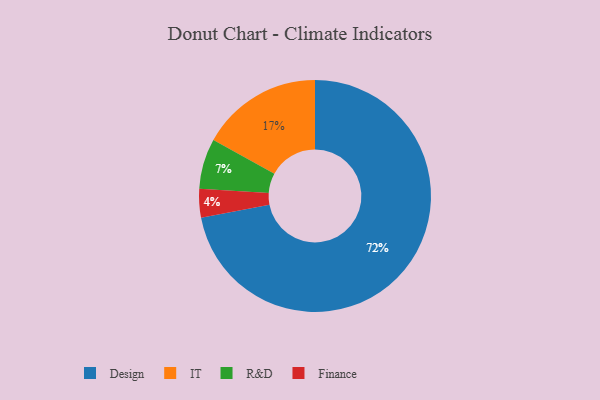
{"axis": {"x": "Category", "y": "Percentage"}, "legend": ["Design", "Finance", "IT", "R&D"], "data": [{"x": "Design", "y": 72, "type": "Design"}, {"x": "IT", "y": 17, "type": "IT"}, {"x": "Finance", "y": 4, "type": "Finance"}, {"x": "R&D", "y": 7, "type": "R&D"}]}